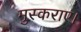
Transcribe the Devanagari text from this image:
मुस्कराए।